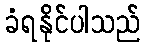
ခံရနိုင်ပါသည်